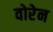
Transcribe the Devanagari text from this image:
वोरेन